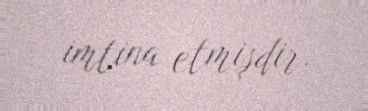
imtina etmişdir.